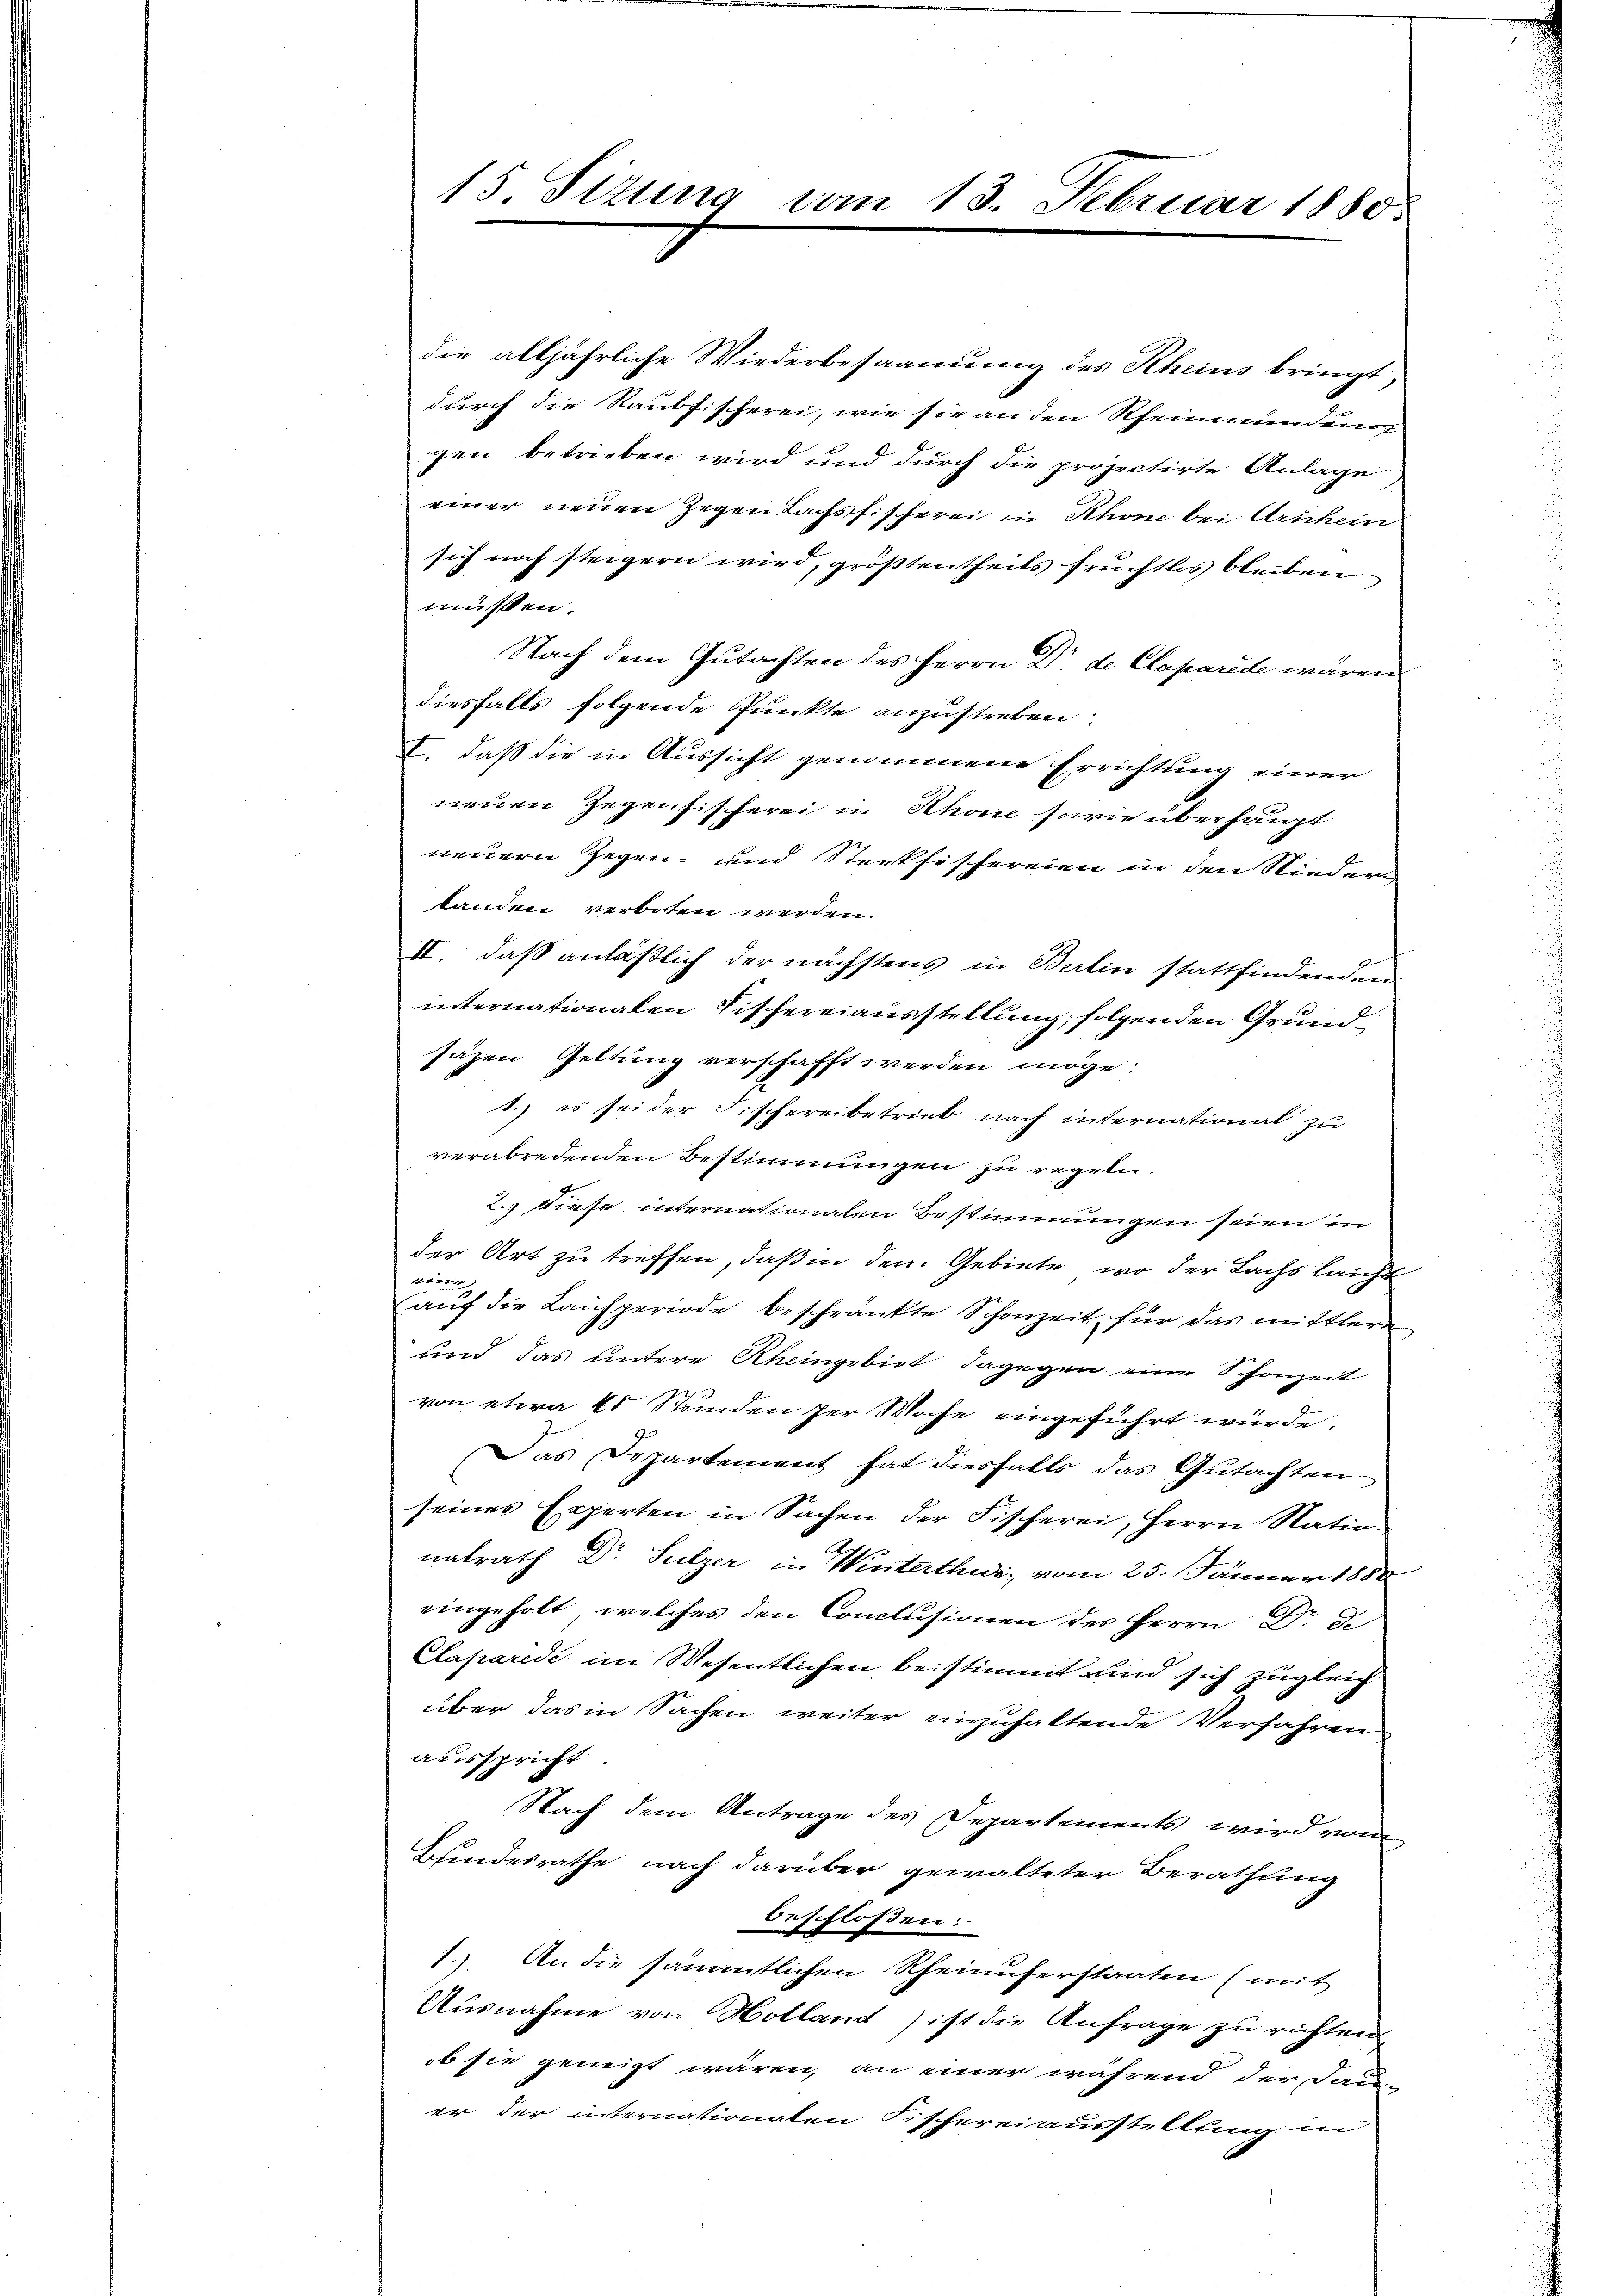
15 Sizung vom 13. Februar 1880

die alljährliche Wiederbesaamung des Rheins bringt,
durch die Raubfischerei, wie sie an den Rheinmündung
gen betrieben wird und durch die projectirte Anlage
einer neuen Gegen Lachsfischerei in Rhone bei Arrhein
sich noch steigern wird, größtentheils fruchtlos bleiben
müssen.
Nach dem Gutachten des Herrn Dr. de Claparede wären
diesfalls folgende Punkte anzustreben.
I. daß die in Aussicht genommene Errichtung einer
neuen Gegenfischerei in Rhone sowie überhaupt
neuern Gegen- und Steckfischereien in den Nieder
tanden verboten werden.
II. daß anläßlich der nächstens in Berlin stattfindenden
internationalen Fischereiausstellung, folgenden Grundsäzen Geltung verschafft werden möge.
1.) es sei der Fischereibetrieb nach international zu
verabredenden Bestimmungen zu regeln.
2.) Diese internationalen Bestimmungen seien in
der Art zu treffen, daß in den Gebiete, wo der Lachs laicht
waren
auf die Lauperiode beschränkte Schonzeit für das mittlere
und das untere Rheingebiet dagegen eine Schonzeit
von etwa 40 Stunden per Woche eingeführt wurde.
Das Departement hat diesfalls das Gutachten
seines Experten in Sachen der Fischerei, Herrn Nationatrath Dr Sulzer in Winterthur, vom 25. Jänner 1888
eingeholt, welches den Conclusionen des Herrn De
Claparide im Wesentlichen beistimmt und sich zugleich
über das in Sachen weiter einzuhaltende Verfahren
ausspricht
Nach dem Antrage des Departements wird vom
Bundesrathe nach darüber gewalteter Berathung
beschlossen:
1.) An die sämmtlichen Rheinuferstaaten (mit
Ausnahme von Holland) ist die Anfrage zu richten
ob sie geneigt wären, an einer während der Dauer der internationaten Fischereiausstellung in